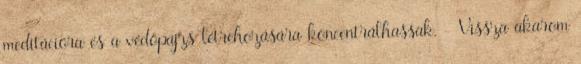
meditációra és a védőpajzs létrehozására koncentrálhassak. - Vissza akarom